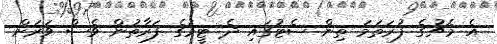
އެ މެޗުގެ ފުރަތަމަ ތިން ސެޓުގައި ދެ ޓީމުގެ ފަރާތުން ވެސް ވަރަށް